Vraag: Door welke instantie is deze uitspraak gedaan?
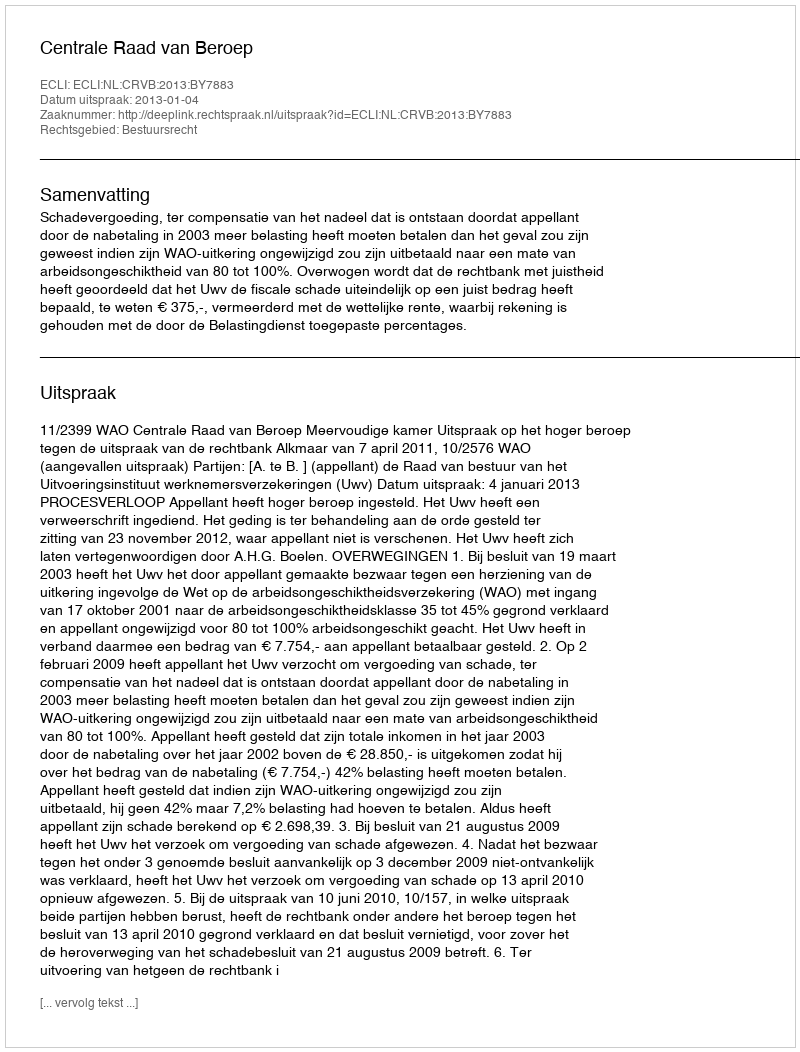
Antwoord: Centrale Raad van Beroep